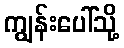
ကျွန်းပေါ်သို့